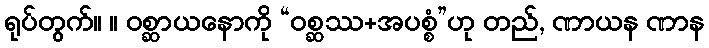
ရုပ်တွက်။ ။ ဝစ္ဆာယနောကို “ဝစ္ဆဿ+အပစ္စံ”ဟု တည်, ဏာယန ဏာန